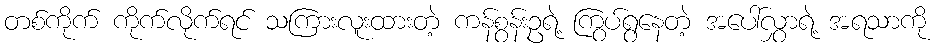
တစ်ကိုက် ကိုက်လိုက်ရင် သကြားလူးထားတဲ့ ကန်စွန်းဥရဲ့ ကြွပ်ရွနေတဲ့ အပေါ်လွှာရဲ့ အရသာကို